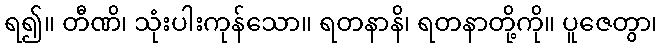
ရ၍။ တီဏိ၊ သုံးပါးကုန်သော။ ရတနာနိ၊ ရတနာတို့ကို။ ပူဇေတွာ၊